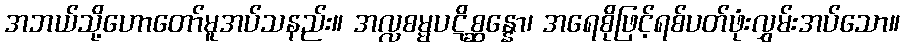
အဘယ်သို့ဟောတော်မူအပ်သနည်း။ အလ္လစမ္မပဋိစ္ဆန္နော၊ အရေစိုဖြင့်ရစ်ပတ်ဖုံးလွှမ်းအပ်သော။